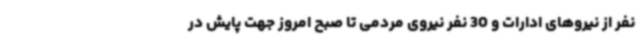
نفر از نیروهای ادارات و 30 نفر نیروی مردمی تا صبح امروز جهت پایش در